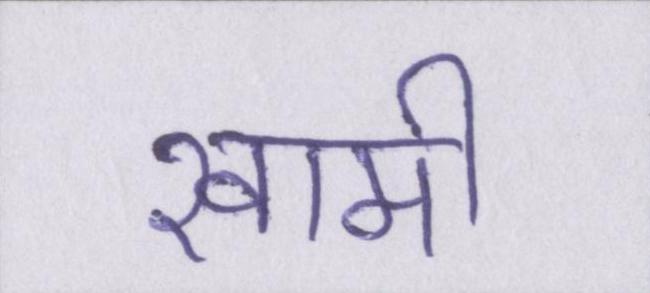
खामी